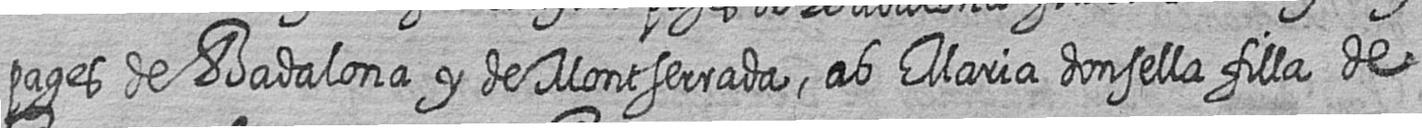
pages de Badalona y de Montserrada ab Maria donsella filla de